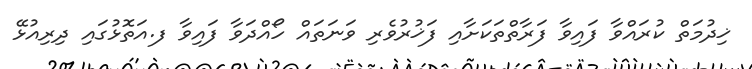
ޚިދުމަތް ކުރައްވާ ފައިވާ ފަރާތްތަކަށާއި ފަޚުރުވެރި ވަނަތައް ހޯއްދަވާ ފައިވާ ފ.އަތޮޅުގައި ދިރިއުޅޭ